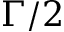
\Gamma / 2